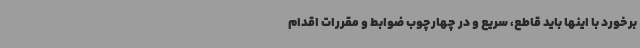
برخورد با اینها باید قاطع، سریع و در چهارچوب ضوابط و مقررات اقدام